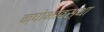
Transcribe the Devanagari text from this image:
क्षोभावस्था